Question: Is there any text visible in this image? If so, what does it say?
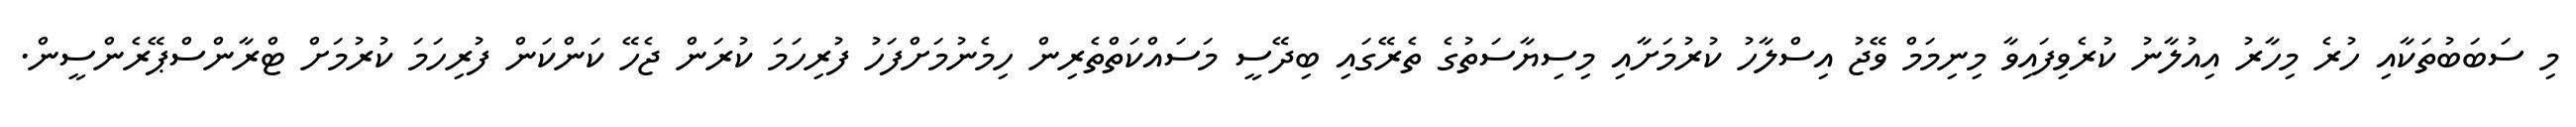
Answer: މި ސަބަބުތަކާއި ހުރެ މިހާރު އިއުލާނު ކުރެވިފައިވާ މިނިމަމް ވޭޖު އިސްލާހު ކުރުމަށާއި މިސިޔާސަތުގެ ތެރޭގައި ބިދޭސީ މަސައްކަތްތެރިން ހިމެނުމަށްފަހު ފުރިހަމަ ކުރަން ޖެހޭ ކަންކަން ފުރިހަމަ ކުރުމަށް ޓްރާންސްޕޭރެންސީން.